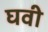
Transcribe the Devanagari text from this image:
घवी